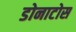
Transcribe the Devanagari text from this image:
डोनाटोस